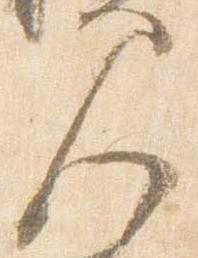
見